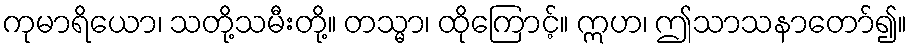
ကုမာရိယော၊ သတို့သမီးတို့။ တသ္မာ၊ ထိုကြောင့်။ ဣဟ၊ ဤသာသနာတော်၍။